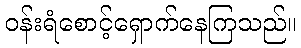
ဝန်းရံစောင့်ရှောက်နေကြသည်။